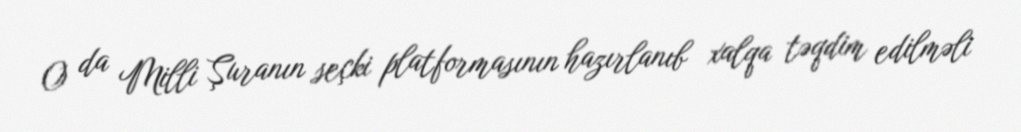
O da Milli Şuranın seçki platformasının hazırlanıb xalqa təqdim edilməli